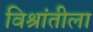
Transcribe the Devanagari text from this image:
विश्रांतीला